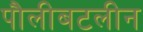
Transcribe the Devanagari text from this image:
पौलीबटलीन